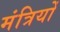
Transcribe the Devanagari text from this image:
मंत्रियोँ